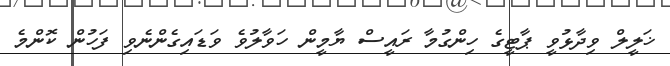
ޚަލީލް ވިދާޅުވީ ޕާޓީގެ ހިންގުމާ ރައީސް ޔާމީން ހަވާލުވެ ވަޑައިގެންނެވި ފަހުން ކޮންމެ